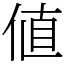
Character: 値